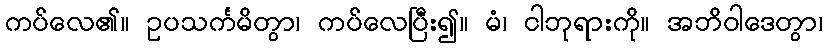
ကပ်လေ၏။ ဥပသင်္ကမိတွာ၊ ကပ်လေပြီး၍။ မံ၊ ငါဘုရားကို။ အဘိဝါဒေတွာ၊